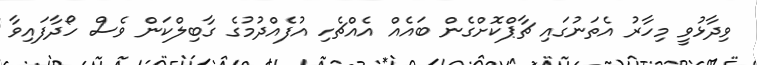
ވިދާޅުވީ މިހާރު އެތަނުގައި ޗާޕްކޮށްގެން ބައެއް އެއްޗެހި އުފެއްދުމުގެ ގާބިލްކަން ވެސް ހޯދާފައިވާ